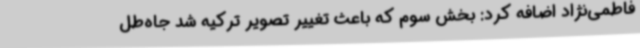
فاطمی‌نژاد اضافه کرد: بخش سوم که باعث تغییر تصویر ترکیه شد جاه‌طل